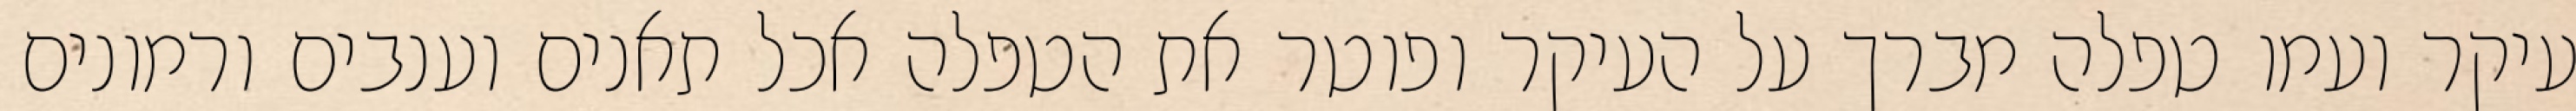
עיקר ועמו טפלה מברך על העיקר ופוטר את הטפלה אכל תאנים וענבים ורמונים